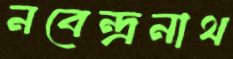
নবেন্দ্রনাথ